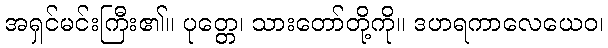
အရှင်မင်းကြီး၏။ ပုတ္တေ၊ သားတော်တို့ကို။ ဒဟရကာလေယေဝ၊